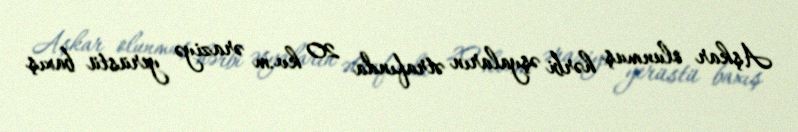
Aşkar olunmuş hərbi əşyaların ətrafında 20 kv.m əraziyə yerüstü baxış